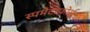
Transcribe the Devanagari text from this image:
स्पमैटोफ़ोर्स